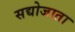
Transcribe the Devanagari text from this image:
सद्योजाता